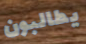
يطالبون